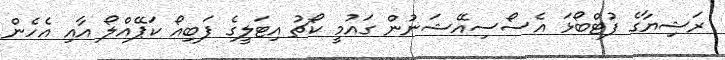
ރަޝިޔާގެ ފުޓްބޯޅަ އެސޯސިއޭޝަނުން ގައުމީ ކޯޗު އިޓަލީގެ ފަބިއޯ ކަޕޭއްލޯ އާއި އެހެން